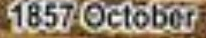
1857 October